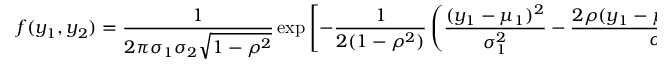
f ( y _ { 1 } , y _ { 2 } ) = { \frac { 1 } { 2 \pi \sigma _ { 1 } \sigma _ { 2 } { \sqrt { 1 - \rho ^ { 2 } } } } } \exp \left[ - { \frac { 1 } { 2 ( 1 - \rho ^ { 2 } ) } } \left( { \frac { ( y _ { 1 } - \mu _ { 1 } ) ^ { 2 } } { \sigma _ { 1 } ^ { 2 } } } - { \frac { 2 \rho ( y _ { 1 } - \mu _ { 1 } ) ( y _ { 2 } - \mu _ { 2 } ) } { \sigma _ { 1 } \sigma _ { 2 } } } + { \frac { ( y _ { 2 } - \mu _ { 2 } ) ^ { 2 } } { \sigma _ { 2 } ^ { 2 } } } \right) \right]